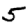
Digit: 5